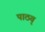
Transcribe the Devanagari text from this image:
पाठय्